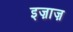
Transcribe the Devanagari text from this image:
इज़ाज़